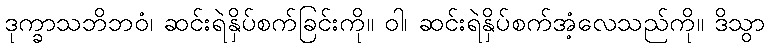
ဒုက္ခာသဘိဘဝံ၊ ဆင်းရဲနှိပ်စက်ခြင်းကို။ ဝါ၊ ဆင်းရဲနှိပ်စက်အံ့လေသည်ကို။ ဒိသွာ